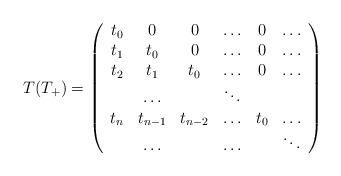
LaTeX: \begin{align*}T(T_{+})=\left(\begin{array}[c]{cccccc}t_{0} & 0 & 0 & \ldots & 0 & \ldots\\t_{1} & t_{0} & 0 & \ldots & 0 & \ldots\\t_{2} & t_{1} & t_{0} & \ldots & 0 & \ldots\\& \ldots & & \ddots & & \\t_{n} & t_{n-1} & t_{n-2} & \ldots & t_{0} & \ldots\\& \ldots & & \ldots & & \ddots\end{array}\right) \end{align*}